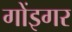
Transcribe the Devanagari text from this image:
गोंइगर